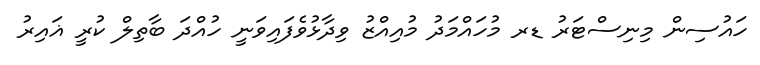
ހައުސިން މިނިސްޓަރު ޑރ މުހައްމަދު މުއިއްޒު ވިދާޅުވެފައިވަނީ ހުއްދަ ބާތިލް ކުރީ ޣައިރު